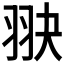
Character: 𦐍